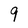
Character: 9